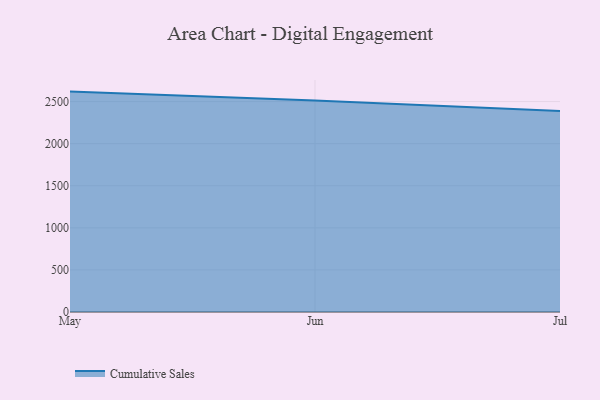
{"axis": {"x": "Month", "y": "Budget (USD K)"}, "legend": ["Cumulative Sales"], "data": [{"x": "May", "y": 2618.4, "type": "Cumulative Sales"}, {"x": "Jun", "y": 2513.6, "type": "Cumulative Sales"}, {"x": "Jul", "y": 2389.2, "type": "Cumulative Sales"}]}